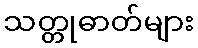
သတ္တုဓာတ်များ